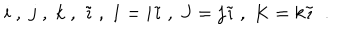
i \; , \; j \; , \; k \; , \; \tilde { \imath } \; , \; I = i \tilde { \imath } \; , \; J = j \tilde { \imath } \; , \; K = k \tilde { \imath } \; \; .